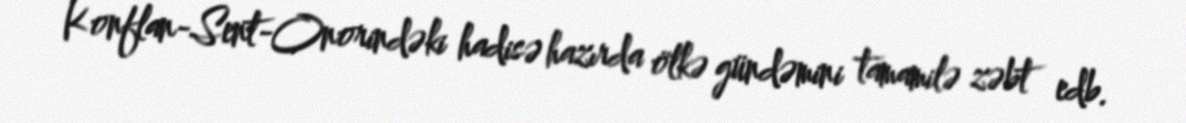
Konflan-Sent-Onorindəki hadisə hazırda ölkə gündəmini tamamilə zəbt edb.